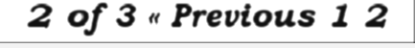
2 of 3 « Previous 1 2